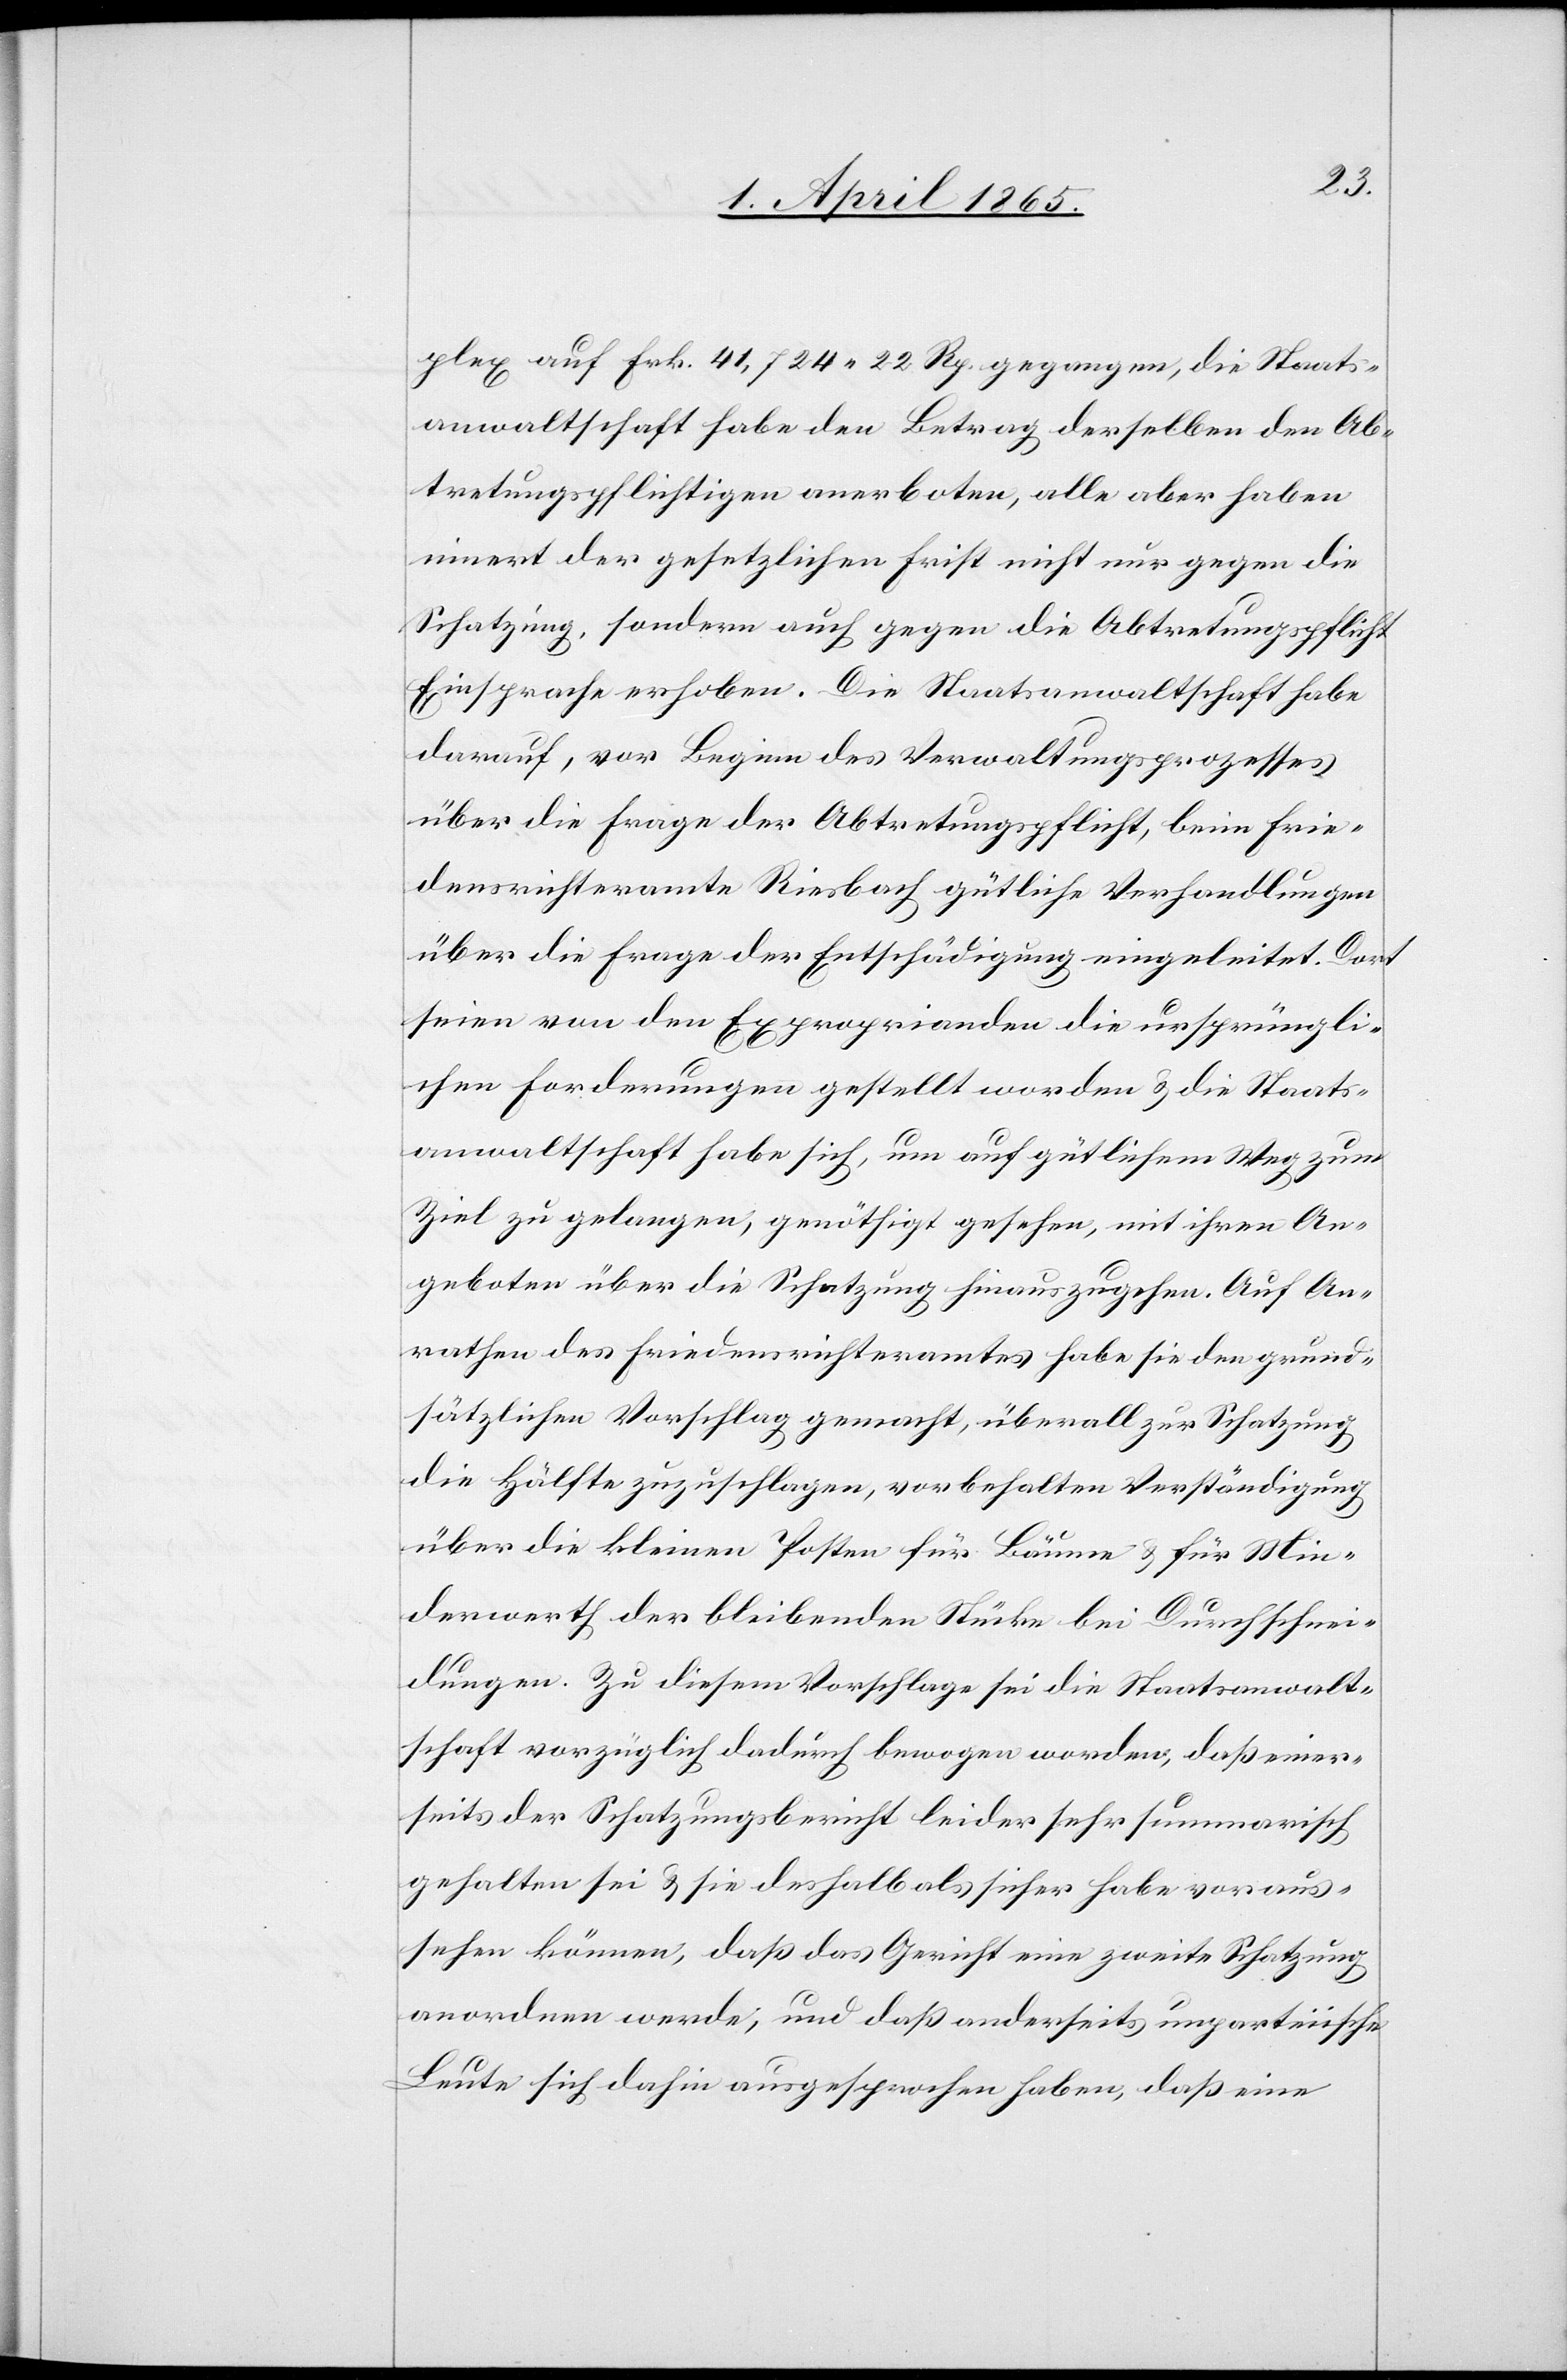
plex auf Frk. 41,724 22 Rp. gegangen, die Staats¬
anwaltschaft habe den Betrag derselben den Ab¬
tretungspflichtigen anerboten, alle aber haben
innert der gesetzlichen Frist nicht nur gegen die
Schatzung, sondern auch gegen die Abtretungspflicht
Einsprache erhoben. Die Staatsanwaltschaft habe
darauf, vor Beginn des Verwaltungsprozesses
über die Frage der Abtretungspflicht, beim Frie¬
densrichteramte Riesbach gütliche Verhandlungen
über die Frage der Entschädigung eingeleitet. Dort
seien von den Exproprianden die ursprüngli¬
chen Forderungen gestellt worden & die Staats¬
anwaltschaft habe sich, um auf gütlichem Weg zum
Ziel zu gelangen, genöthigt gesehen, mit ihren An¬
geboten über die Schatzung hinauszugehen. Auf An¬
rathen des Friedensrichteramtes habe sie den grund¬
sätzlichen Vorschlag gemacht, überall zur Schatzung
die Hälfte zuzuschlagen, vorbehalten Verständigung
über die kleinen Posten für Bäume & für Min¬
derwerth der bleibenden Stücke bei Durchschnei¬
dungen. Zu diesem Vorschlage sei die Staatsanwalt¬
schaft vorzüglich dadurch bewogen worden, daß einer¬
seits der Schatzungsbericht leider sehr summarisch
gehalten sei & sie deshalb als sicher habe voraus¬
sehen können, daß das Gericht eine zweite Schatzung
anordnen werde, und daß anderseits unparteiische
Leute sich dahin ausgesprochen haben, daß eine